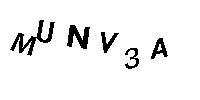
MUNV3A